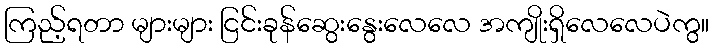
ကြည့်ရတာ များများ ငြင်းခုန်ဆွေးနွေးလေလေ အကျိုးရှိလေလေပဲကွ။